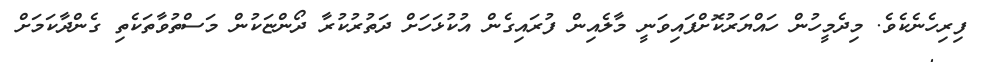
ފިރިހެނެކެވެ. މިދެމީހުން ހައްޔަރުކޮށްފައިވަނީ މާލެއިން ފުރައިގެން އުކުޅަހަށް ދަތުރުކުރާ ދޯންޏަކުން މަސްތުވާތަކެތި ގެންދާކަމަށް